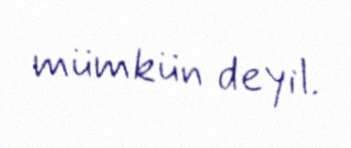
mümkün deyil.